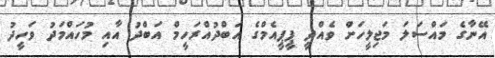
އޭނާގެ މައްސަލަ މަޖިލީހަށް ވެއްދީ ޕީޕީއެމްގެ އަބްދުއްރަހީމް އަބްދު އާއި މުހައްމަދު ވަހީދު